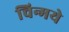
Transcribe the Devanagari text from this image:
चिन्मये